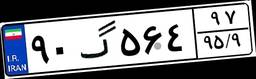
۹۰گ۵۶۴۹۷